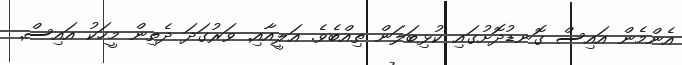
އެންމެން އައިސް ގޮނޑުދޮށުގައި ކުޅިބަލަން ތިއްބެވެ. އަލީއާއި